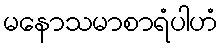
မနောသမာစာရံပါဟံ